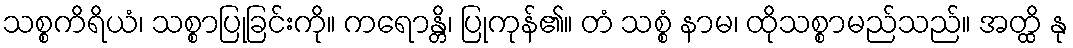
သစ္စကိရိယံ၊ သစ္စာပြုခြင်းကို။ ကရောန္တိ၊ ပြုကုန်၏။ တံ သစ္စံ နာမ၊ ထိုသစ္စာမည်သည်။ အတ္ထိ နု